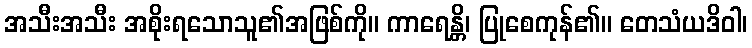
အသီးအသီး အစိုးရသောသူ၏အဖြစ်ကို။ ကာရေန္တိ၊ ပြုစေကုန်၏။ တေသံယဒိဝါ၊